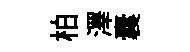
柏澤囊